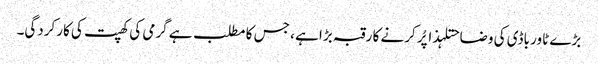
بڑے ٹاور باڈی کی وضاحتلہذا پُر کرنے کا رقبہ بڑا ہے ، جس کا مطلب ہے گرمی کی کھپت کی کارکردگی۔